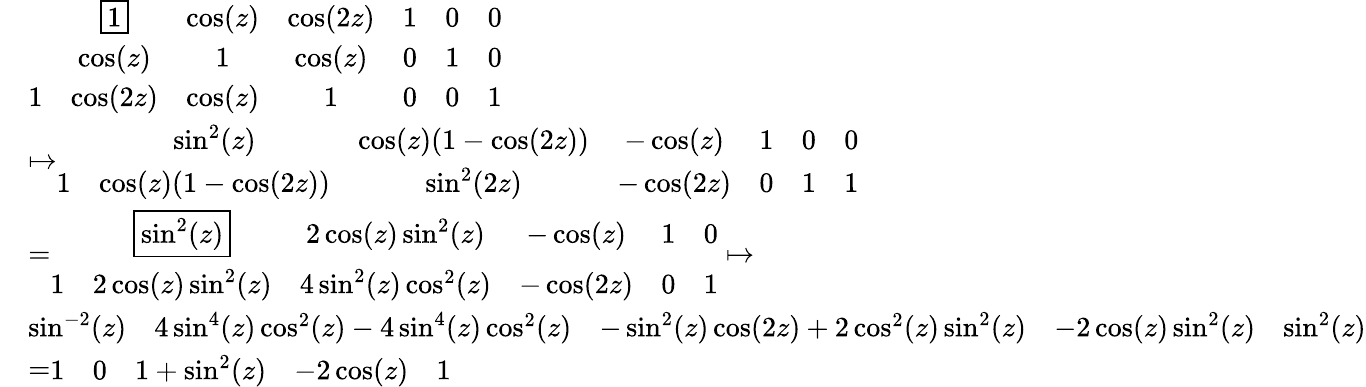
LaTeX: \begin{array}{rl}&{\begin{array}{ccccccc}&{\boxed{1}}&{\cos(z)}&{\cos(2z)}&{1}&{0}&{0}\\ &{\cos(z)}&{1}&{\cos(z)}&{0}&{1}&{0}\\ {1}&{\cos(2z)}&{\cos(z)}&{1}&{0}&{0}&{1}\end{array}}\\ &{\mapsto\begin{array}{ccccccc}&{\sin^{2}(z)}&{\cos(z)(1-\cos(2z))}&{-\cos(z)}&{1}&{0}&{0}\\ {1}&{\cos(z)(1-\cos(2z))}&{\sin^{2}(2z)}&{-\cos(2z)}&{0}&{1}&{1}\end{array}}\\ &{=\begin{array}{cccccc}&{\boxed{\sin^{2}(z)}}&{2\cos(z)\sin^{2}(z)}&{-\cos(z)}&{1}&{0}\\ {1}&{2\cos(z)\sin^{2}(z)}&{4\sin^{2}(z)\cos^{2}(z)}&{-\cos(2z)}&{0}&{1}\end{array}\mapsto}\\ &{\begin{array}{ccccc}{\sin^{-2}(z)}&{4\sin^{4}(z)\cos^{2}(z)-4\sin^{4}(z)\cos^{2}(z)}&{-\sin^{2}(z)\cos(2z)+2\cos^{2}(z)\sin^{2}(z)}&{-2\cos(z)\sin^{2}(z)}&{\sin^{2}(z)}\end{array}}\\ &{=\begin{array}{ccccc}{1}&{0}&{1+\sin^{2}(z)}&{-2\cos(z)}&{1}\end{array}}\end{array}